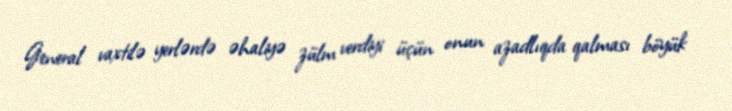
General vaxtilə yerlərdə əhaliyə zülm verdiyi üçün onun azadlıqda qalması böyük